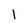
Character: 1